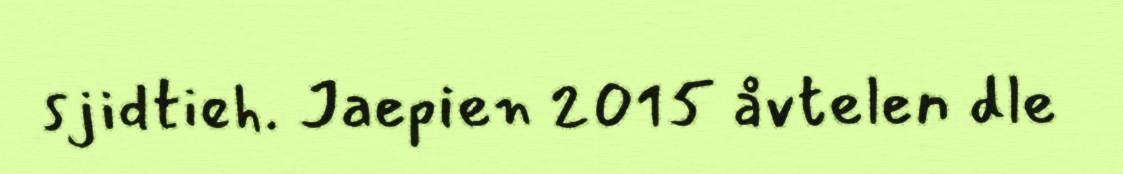
sjidtieh. Jaepien 2015 åvtelen dle